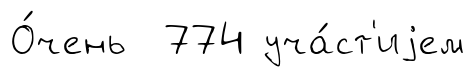
О́чень 774 уча́ст'иjем